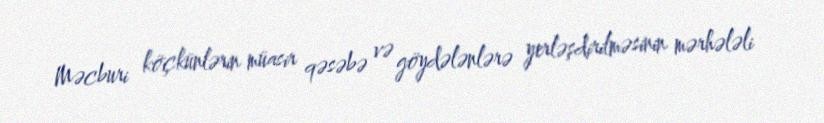
Məcburi köçkünlərin müasir qəsəbə və göydələnlərə yerləşdirilməsinin mərhələli